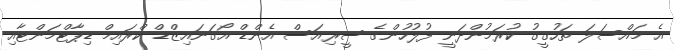
އެ މައްސަލަ ތަހުގީގު ކުރަމުންދަނީ ފުލުހުންގެ ސީރިއަސް އެންޑް އޯގަނައިޒްޑް ކްރައިމް ޑިޕާޓްމަންޓާއި